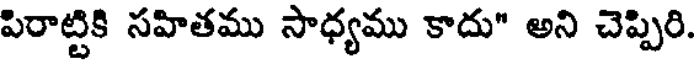
పిరాట్టికి సహితము సాధ్యము కాదు" అని చెప్పిరి.